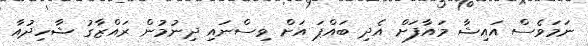
ނަމަވެސް އައިޝާ މައާފަށް އެދި ބައްޕަ އަށް ވިސްނައި ދިނުމުން ރައްޒާގު ޝާހިދުއާ